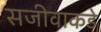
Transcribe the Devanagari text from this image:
सजीवाकडे